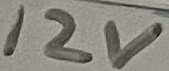
Text: 12V